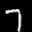
Label: 7